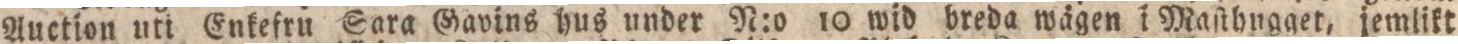
Auction uti Enkefru Sara Gavins hus under N:o 10 wid breda wägen i Maſthngget, jemlikt